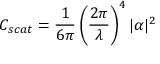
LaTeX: C _ { s c a t } = { \frac { 1 } { 6 \pi } } \left( { \frac { 2 \pi } { \lambda } } \right) ^ { 4 } | \alpha | ^ { 2 }